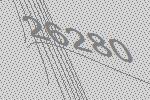
26280